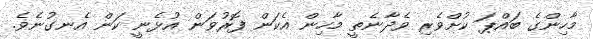
މާހިންގެ ބައްޕަ ކުށްވެރި ވެދާނެތީ މާހިން އެކަން ފޮރުވަން އުޅެނީ ކަން އެނގުނެވެ.